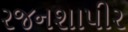
રજનશાપીર